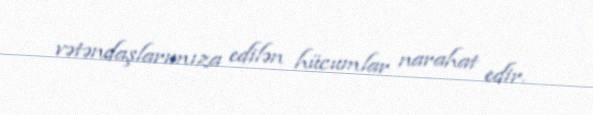
vətəndaşlarımıza edilən hücumlar narahat edir.